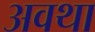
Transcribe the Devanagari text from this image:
अवथा